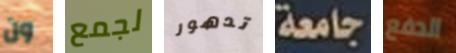
ون لجمع تدهور جامعة الدفع